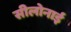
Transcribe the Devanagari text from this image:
सीलोनाई